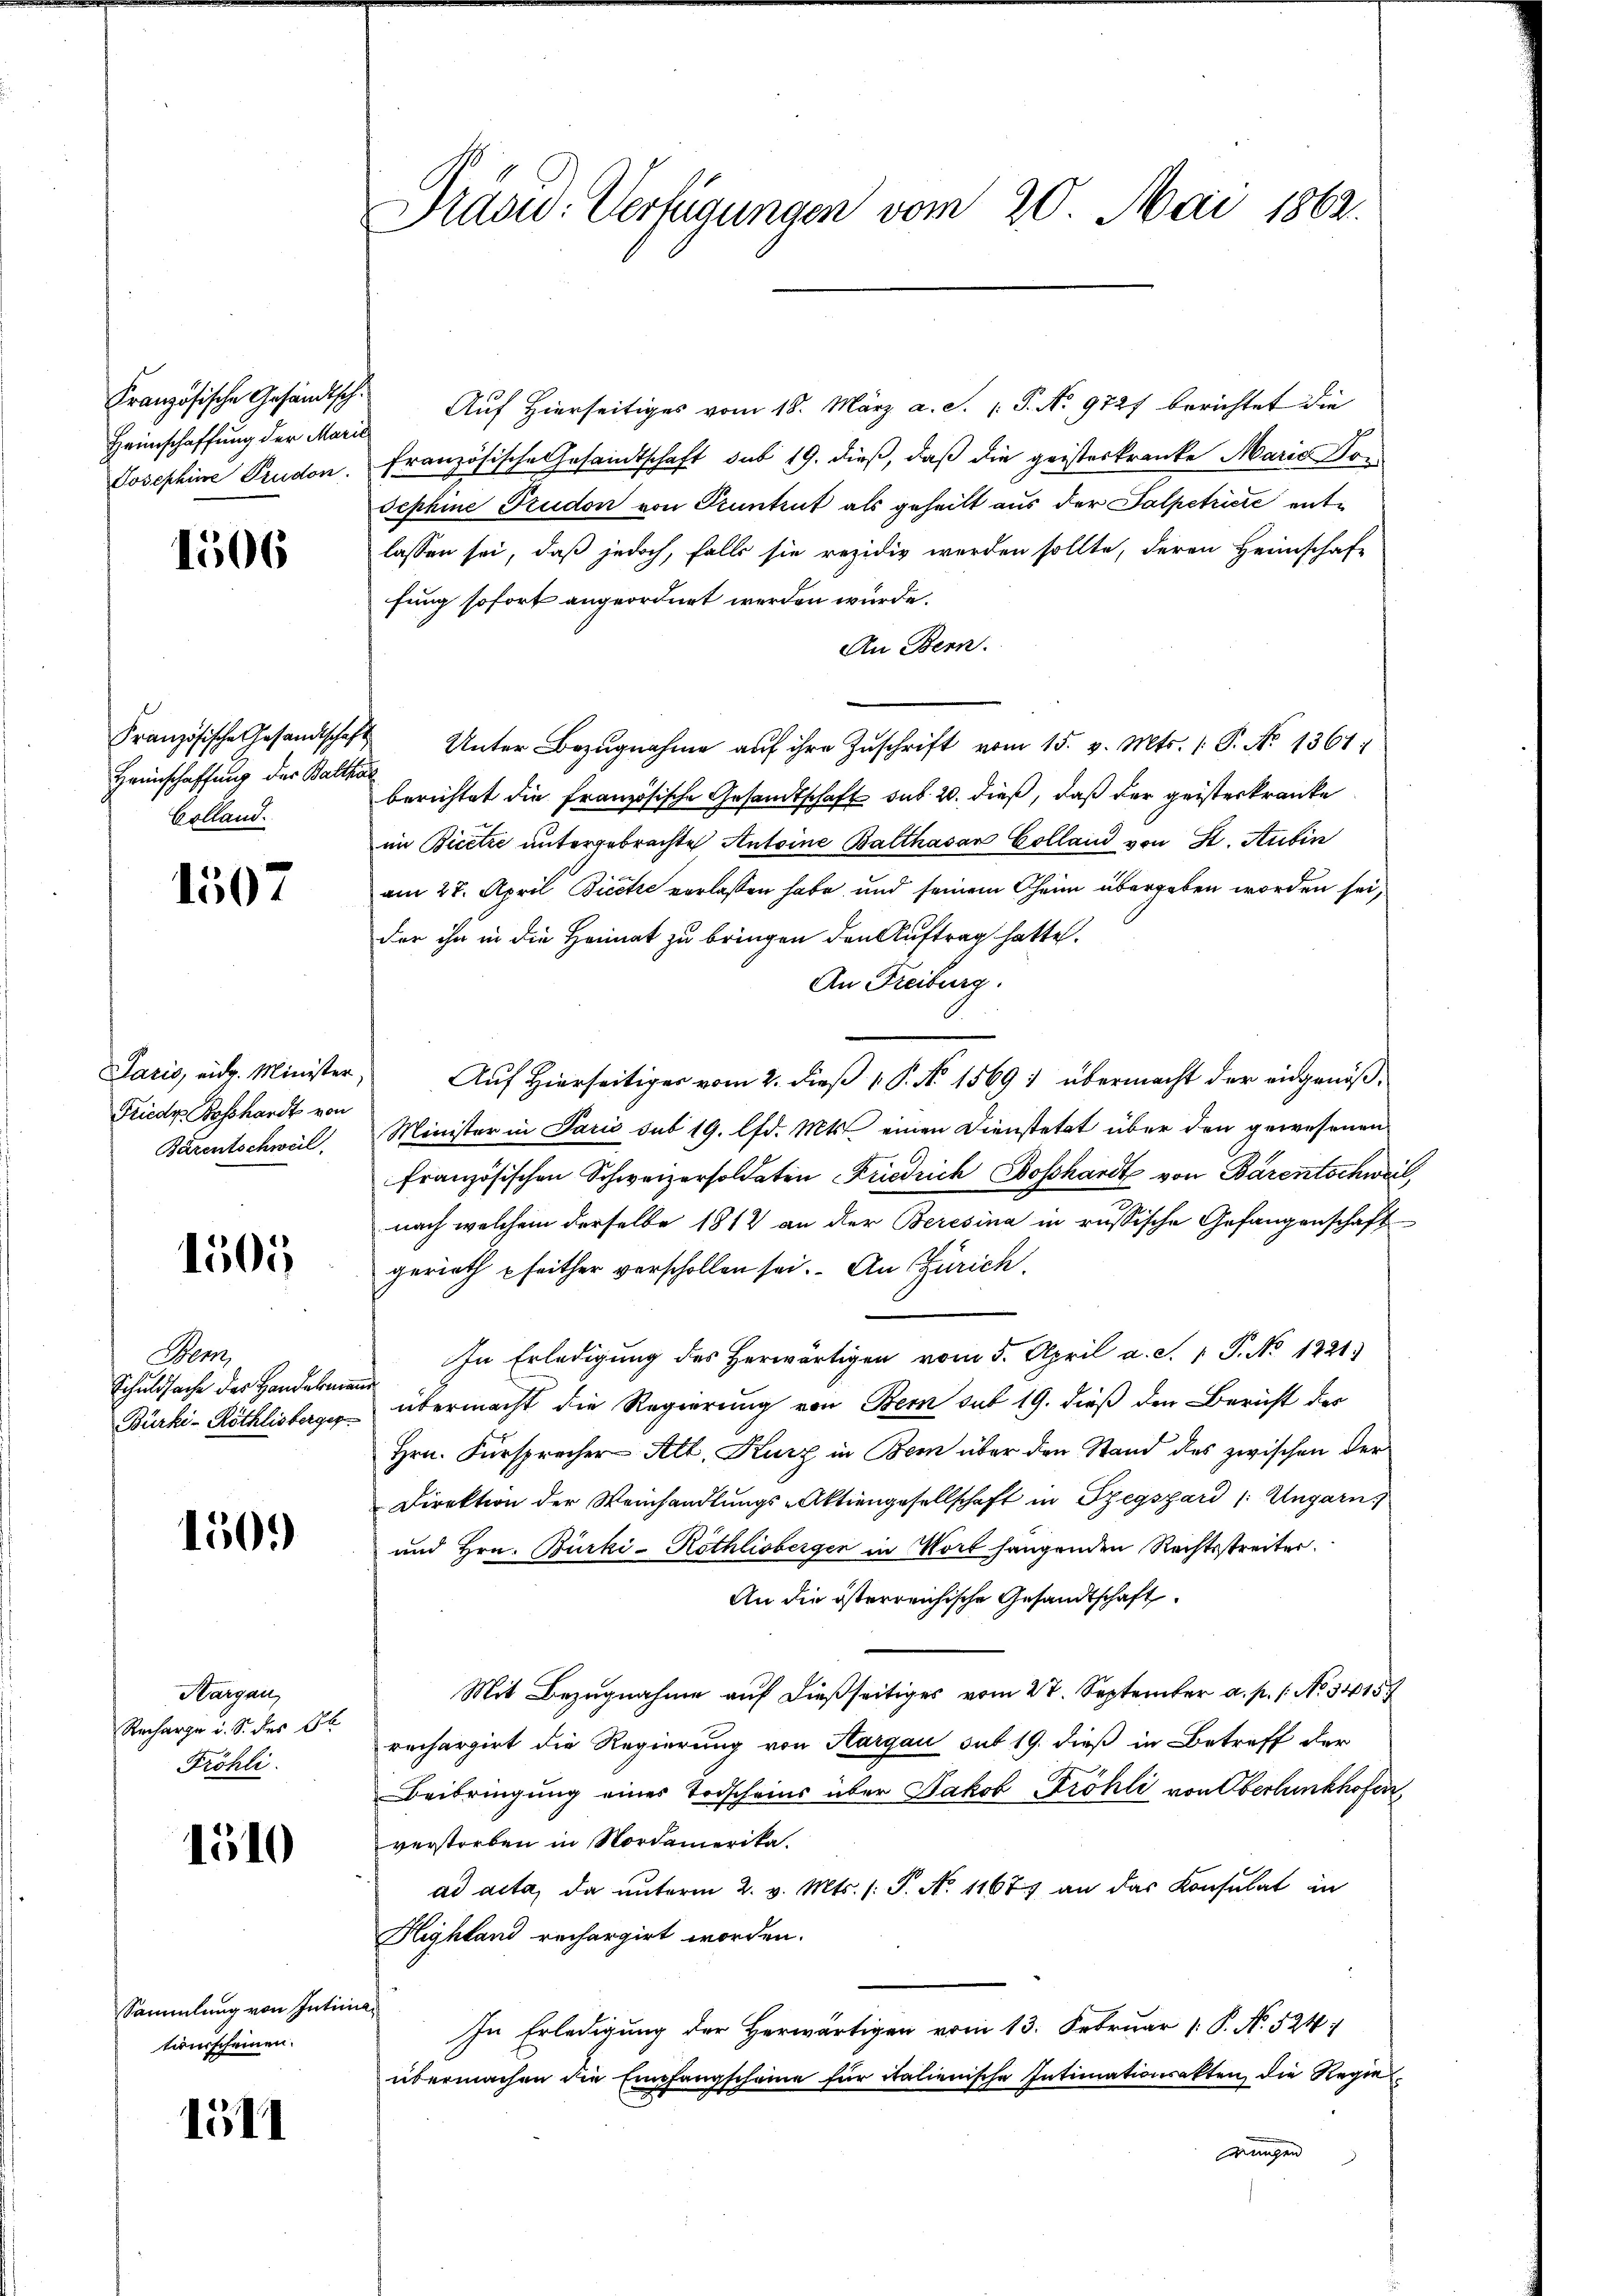
Heimschaffung der Marie

1506

Heimschaffung der Balthal
Colland.

1507

Paris, eidg. Minister.
Friedr. Bosshardt von
Bärentschweil

1505

Bern
Schuldsache der Handelmann

150.

Kargau,
Recharge u. S. des St
Fröhli

1510

Sammlung von Intimationsscheinen.

1511

Drasw. Verfügungen vom 20. Mai 1862.

Französische Gesändisch. Auf Hierseitiges vom 18. März a. S. 15. No. 972) berichtet die
Josephine Prudon. Französische Gesandtschaft sub 19. dieß, daß die geisteskranke Marie Vor
Sephine Trudon von Pruntrut als geheilt aus der Salpetriere entlassen sei, daß jedoch, falls sie rezidie werden sollte, deren Heimschaft
fung sofort angeordnet werden würde.
An Bern.
Französische Gesandtschaft Unter Bezugnahme auf ihre Zuschrift vom 15. v. Mts. 1. P. No 1361:
berichtet die französische Gesandtschaft sub 20. dieß, daß der geisterkranke
in Bicetze untergebrachte Antoine Balthasar Colland von St. Stubin
am 27. April Bicetze verlassen habe, und seinem Oheim übergeben worden sei,
der ihn in die Heimat zu bringen den Auftrag hatte.
An Freiburg.
Auf Hierseitiger vom 2. dieß P. No 15691 übermacht der eidgenöß¬
Minister in Paris sub 19. lfd. Mts. einen Dienstetat über den gewesenen
französischen Schweizersoldaten Friedrich Boßhardt von Bärentschweil
nach welchem derselbe 1812 an der Beresina in russische Gefangenschaft
gerieth pfeither verschollen sei. An Zürich.
In Erledigung des Herwärtigen vom 5. April a. S. 1 P. No 1421.
Bürki-Röthlisberger übermacht die Regierung von Bern sub 19. dieß den Bericht der
Hrn. Fürsprecher Alt. Kurz in Bem über den Stand des zwischen der
Direktion der Weinhandlŭngs-Aktiengesellschaft in Szegszárd /: Ungarn.)
und Hrn. Bürki-Röthlisberger in Wort hangenden Rechtsstreiter.
An die österreichische Gesandtschaft.
Mit Bezugnahme auf dießseitiges vom 27. September a. p. 1. No. 3415/
rechargirt die Regierung von Hargau sut 19. dieß in Betreff der
Beibringung eines Todscheins über Jakob Fröhli von Oberbunkhofen
verstorben in Nordamerika.
ad acta, da unterm 2. v. Mts. s. S. No 1167 an das Konsulat in
Highland rechargirt worden.
In Erledigung der Herwärtigen vom 13. Februar 1: P. N. 524
übermachen die Empfangscheine für italienische Intimationsakten, die Regie
wungen